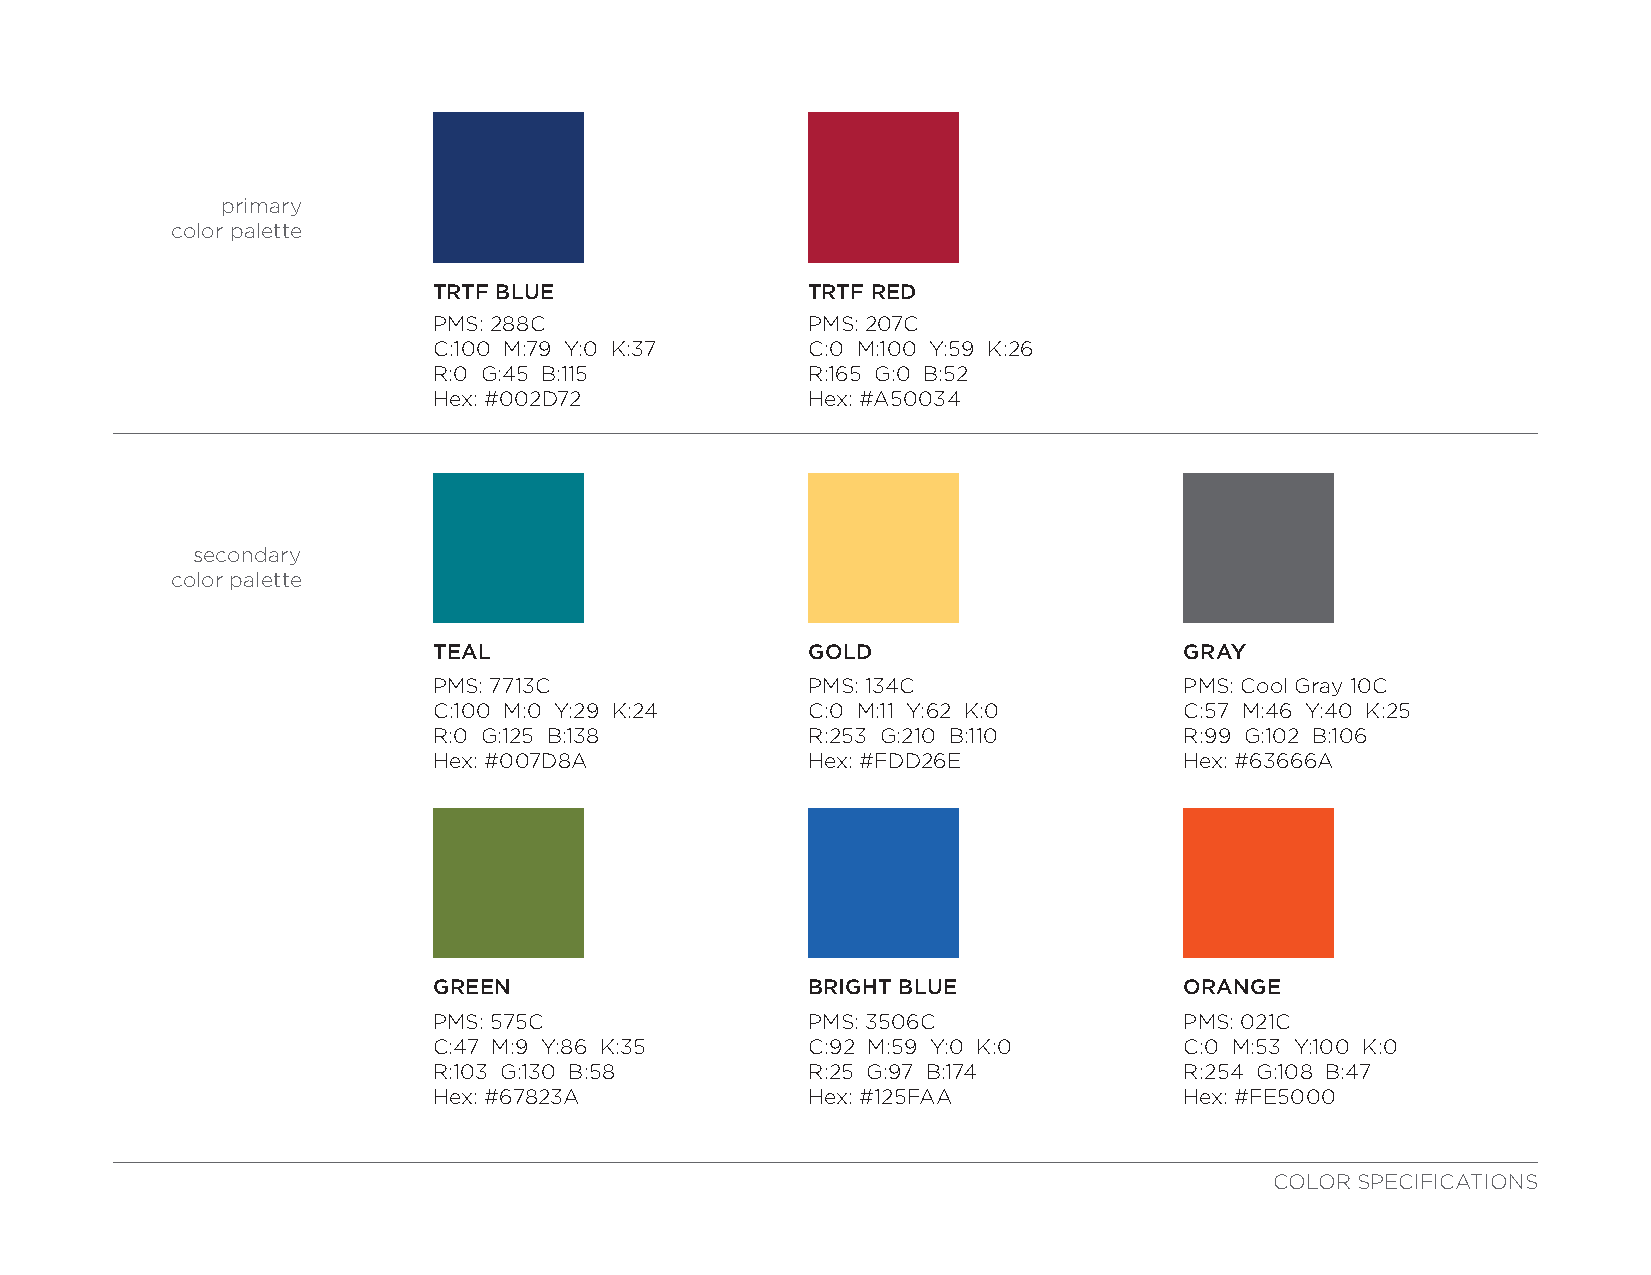
primary
 color palette
 TRTF BLUE               TRTF RED
 PMS: 288C               PMS: 207C
 C:100 M:79 Y:0 K:37     C:0 M:100 Y:59 K:26
 R:0 G:45 B:115          R:165 G:0 B:52
 Hex: #002D72            Hex: #A50034
 secondary
 color palette
 TEAL                    GOLD                     GRAY
 PMS: 7713C              PMS: 134C                PMS: Cool Gray 10C
 C:100 M:0 Y:29 K:24     C:0 M:11 Y:62 K:0        C:57 M:46 Y:40 K:25
 R:0 G:125 B:138         R:253 G:210 B:110        R:99 G:102 B:106
 Hex: #007D8A            Hex: #FDD26E             Hex: #63666A
 GREEN                   BRIGHT BLUE              ORANGE
 PMS: 575C               PMS: 3506C               PMS: 021C
 C:47 M:9 Y:86 K:35      C:92 M:59 Y:0 K:0        C:0 M:53 Y:100 K:0
 R:103 G:130 B:58        R:25 G:97 B:174          R:254 G:108 B:47
 Hex: #67823A            Hex: #125FAA             Hex: #FE5000
 COLOR SPECIFICATIONS